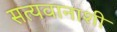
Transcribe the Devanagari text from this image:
सत्यवानाशी